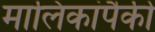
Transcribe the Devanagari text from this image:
मालिकांपैकी